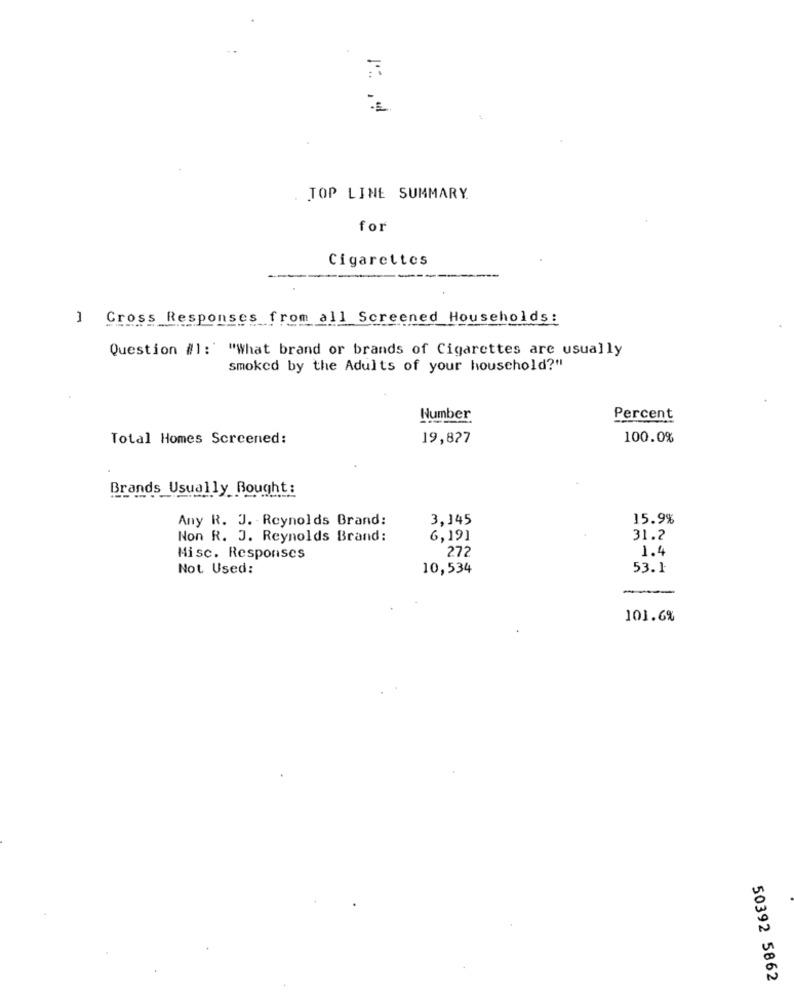
TOP LINE SUMMARY
for
Cigarettes
1
Cross Responses from all Screened Households:
Question #1: "What brand or brands of Cigarettes are usually
smoked by the Adults of your household?"
Number
Percent
Total Homes Screened:
19,827
100.0%
Brands Usually Bought:
Any R. J. Reynolds Brand:
3,145
15.9%
Non R. J. Reynolds Brand:
6,191
31.2
27
1.4
Misc. Responses
Not Used:
10,534
53.1
101.6%
50392 5862